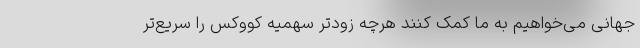
جهانی می‌خواهیم به ما کمک کنند هرچه زودتر سهمیه کووکس را سریع‌تر